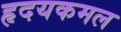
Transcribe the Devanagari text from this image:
हृदयकमल